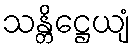
သန္တိဋ္ဌေယျံ